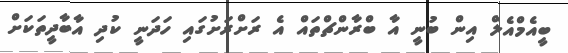
ބީއެމްއެލް އިން ބުނީ އާ ބްރާންޗްތައް އެ ރަށްރަށުގައި ހަދަނީ ކުދި އާބާދީތަކަށް